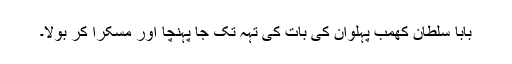
بابا سلطان کھمب پہلوان کی بات کی تہہ تک جا پہنچا اور مسکرا کر بولا۔